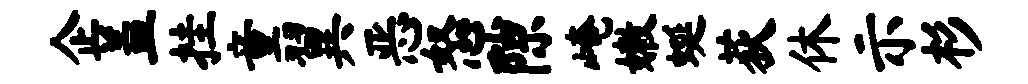
企盖挂童翼恶怒隙崦嫩蜒荻休示杉